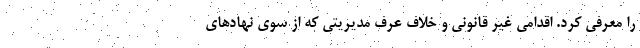
را معرفی کرد. اقدامی غیر قانونی و خلاف عرف مدیریتی که از سوی نهادهای